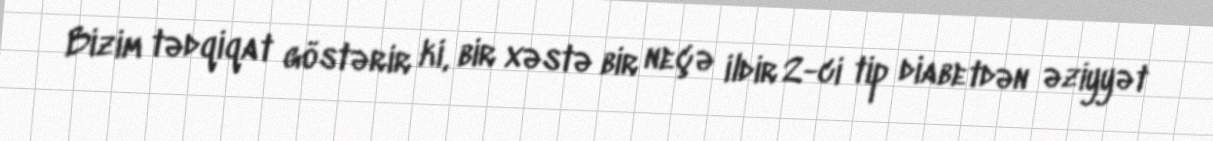
Bizim tədqiqat göstərir ki, bir xəstə bir neçə ildir 2-ci tip diabetdən əziyyət